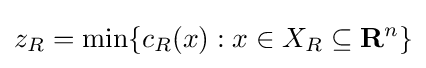
z_{R}=\min\{c_{R}(x):x\in X_{R}\subseteq \mathbf {R} ^{n}\}